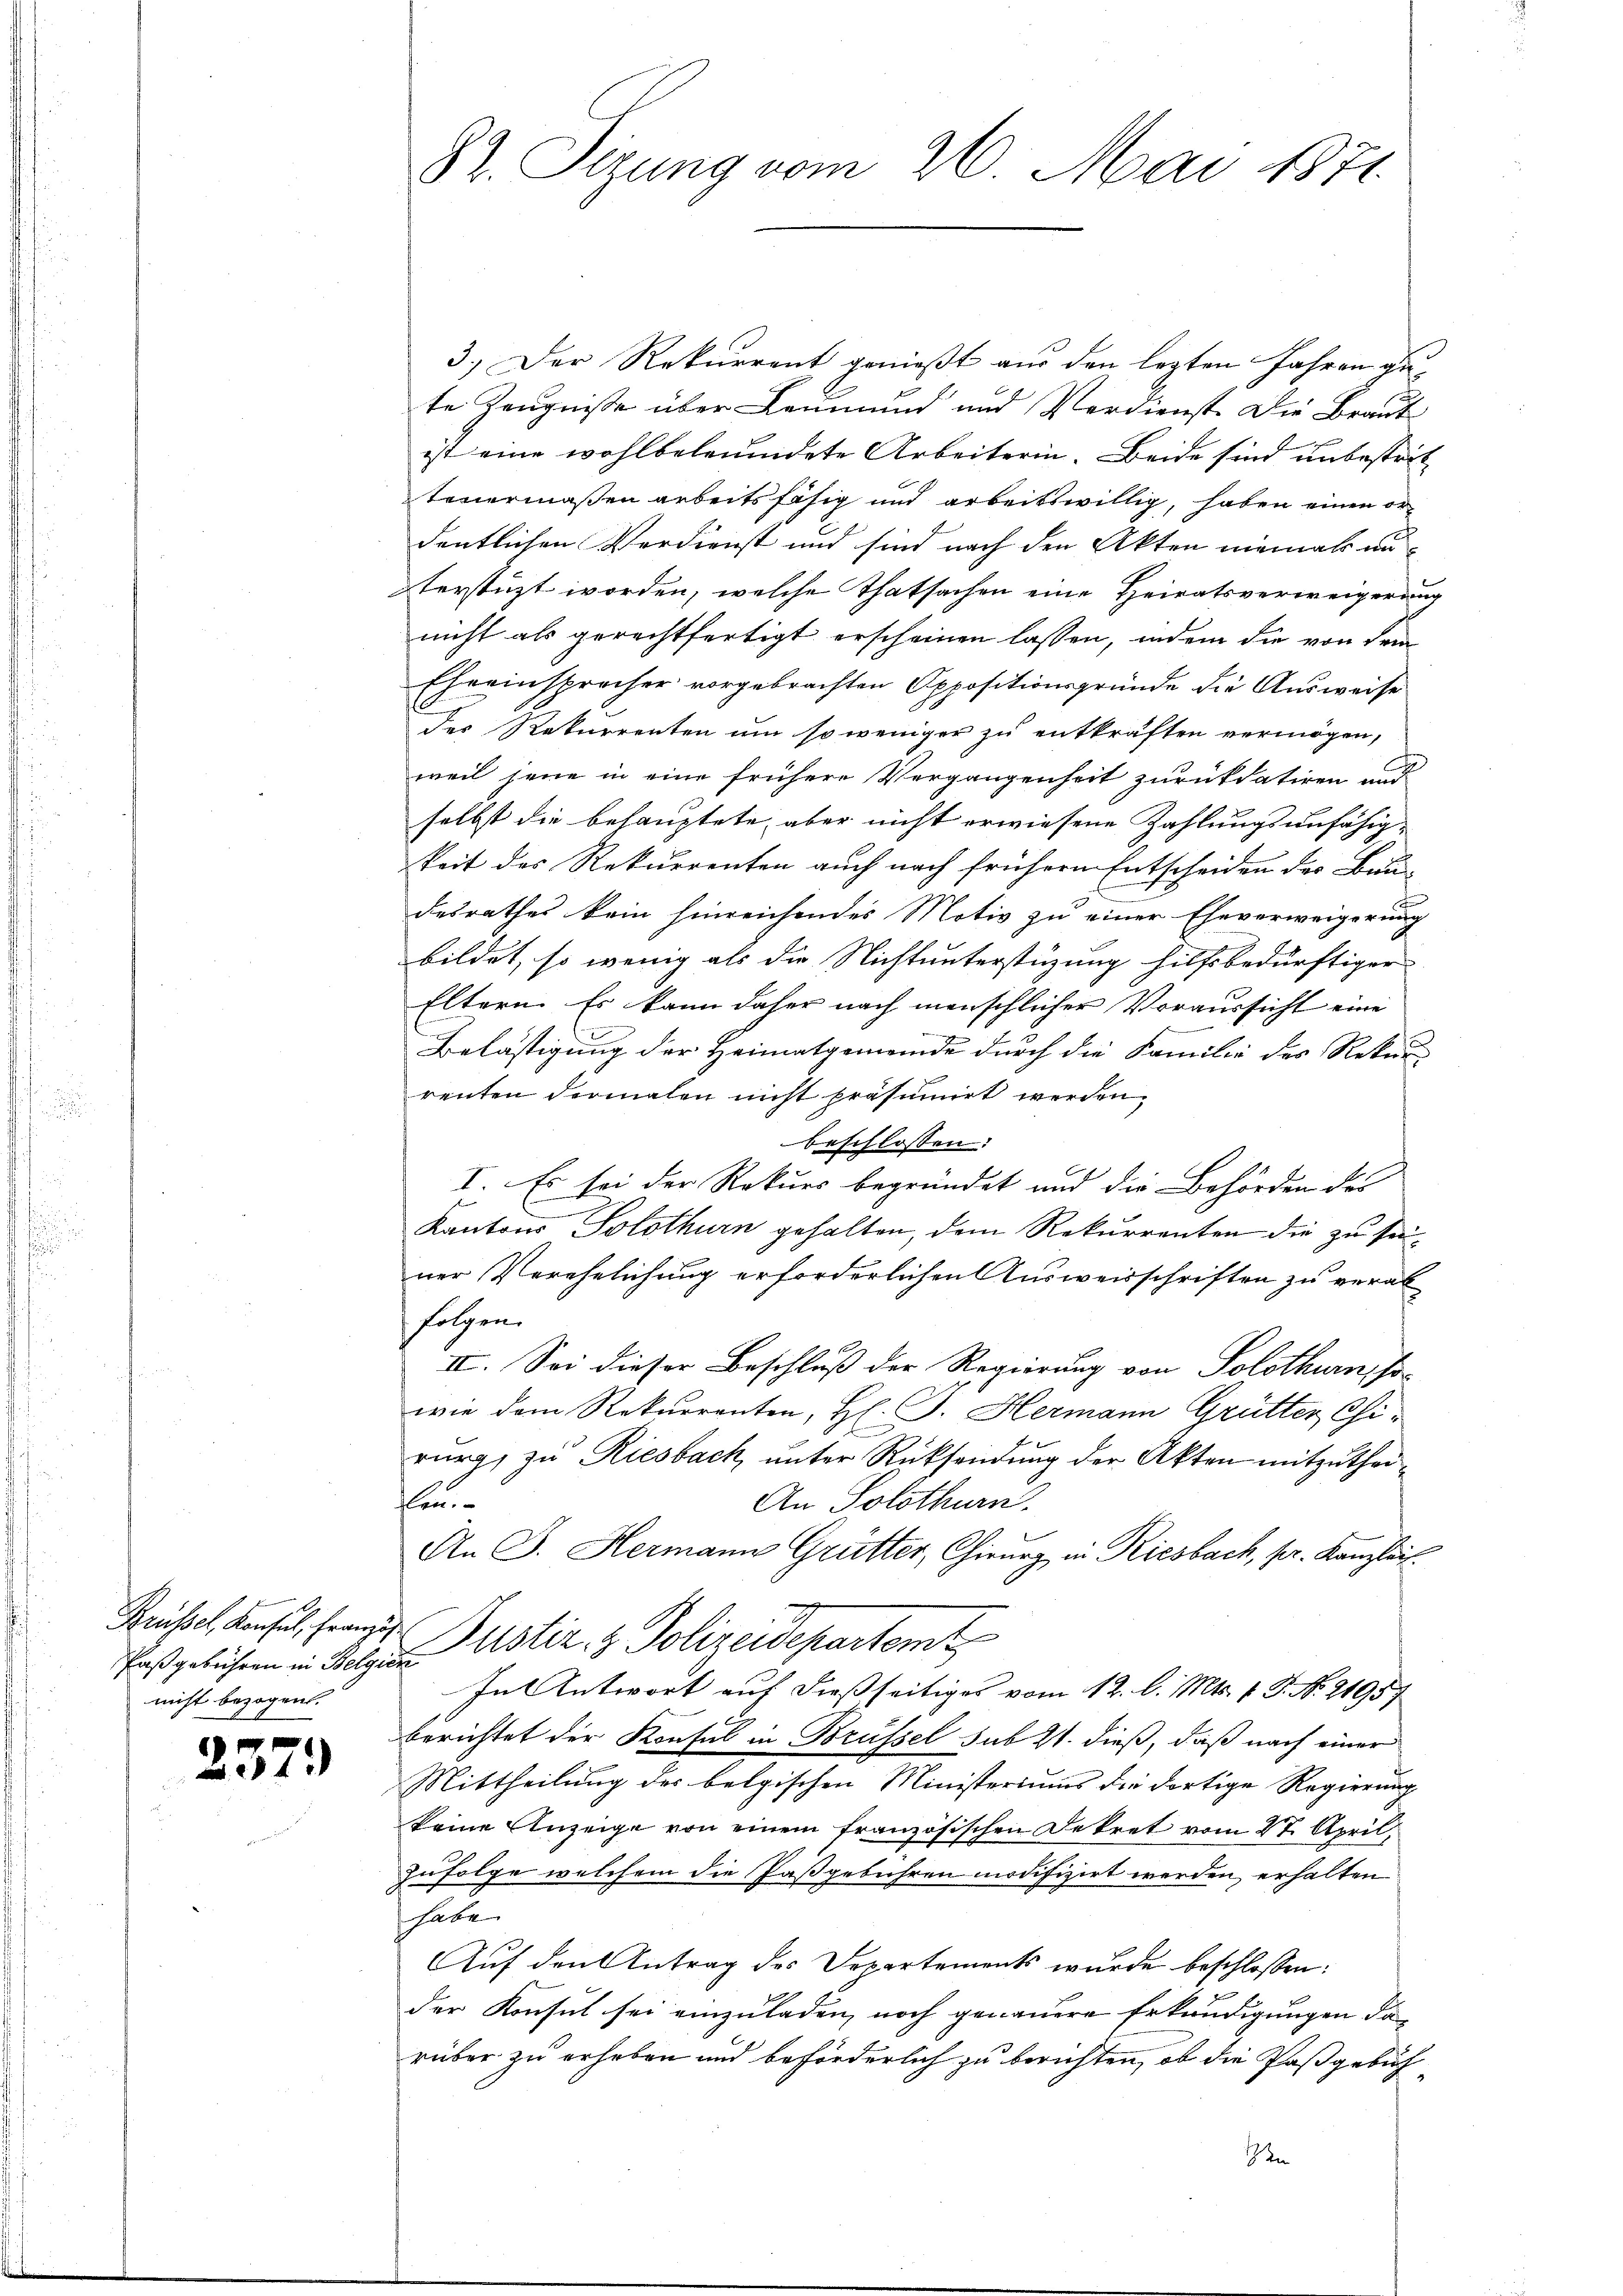
Paßgebühren in Belgier
nicht bezogen.

237.

82. Sizung vom 26. Mai 1871.

3.) Der Rekurrent genießt aus den lezten Jahren ante Zeugnisse über Leumund und Verdienst. Die Braut
ist eine wohlbeleumdete Arbeiterin. Beide sind unbestrit
teuermaßen arbeitsfähig und arbeitswillig, haben einen or
dentlichen Verdienst und sind nach den Akten niemal anterstüzt worden, welche Thatsachen eine Heiratsverweigerunnicht als gerechtfertigt erscheinen lassen, indem die von Fra¬
Eheeinsprocher vorgebrachten Appositionsgründe die Ausweise
des Rekurrenten um so weniger zu entkräften vermögen,
weil jene in eine frühere Vergangenheit zurückdatiren und
selbst die behauptete, aber nicht erwiesene Zahlungsunfähig-
keit des Rekurrenten auch nach frühern Entscheiden der Bau-
desrathes kein hinreichendes Motiv zu einer Eheverweigerung
bildet, so wenig als die Nichtunterstüzung hilfsbedürftiger
Eltern. Es kann daher nach menschlicher Voraussicht eine
Belästigung der Heimatgemeinde durch die Familie der Rekurs
renten dermalen nicht präsumirt werden,
beschlossen:
I. Es sei der Rekurs begründet und die Behörden des
Kantons Solothurn gehalten, dem Rekurrenten die zu seiner Verehelichung erforderlichen Ausweisschriften zu verab
folgen.
II. Sei dieser Beschluß der Regierung von Solothurn sowie dem Rekurrenten, H. J. Hermann Grütter, Chi-
rurg, zu Riesbach, unter Rücksendung der Akten mitzutheilen.
An Solothurn.
An G. Hermann Grütter, Chirurg in Riesbach, pr. Kanzlei.
Krusel densel, franze Justiz & Polizeidepartemt
In Antwort auf dießseitiges vom 12. l. Mts. v. J. No. 21957
berichtet der Konsul in Brüssel sub 21. dieß, daß nach einer
Mittheilung des belgischen Ministeriums die dortige Regierung
keine Anzeige von einem französischen Dekret vom 27. April,
zufolge welchem die Paßgebühren modifizirt werden, erhalten.
habe
Auf den Antrag des Departements wurde beschlossen:
der Konsul sei einzuladen, noch genauere Erkundigungen darüber zu erheben und beförderlich zu berichten, ob die Paßgebüh
en